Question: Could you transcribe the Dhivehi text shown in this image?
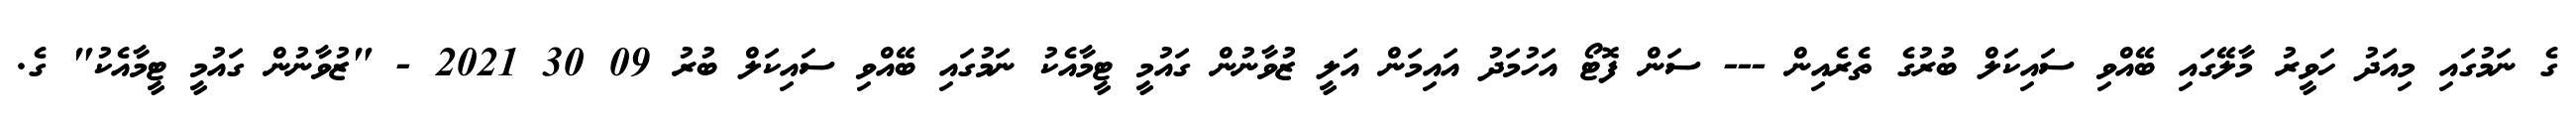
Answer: ގެ ނަމުގައި މިއަދު ހަވީރު މާލޭގައި ބޭއްވި ސައިކަލް ބުރުގެ ތެރެއިން --- ސަން ފޮޓޯ އަހުމަދު އައިމަން އަލީ ޒުވާނުން ގައުމީ ޓީމާއެކު ނަމުގައި ބޭއްވި ސައިކަލް ބުރު 09 30 2021 - "ޒުވާނުން ގައުމީ ޓީމާއެކު" ގެ.